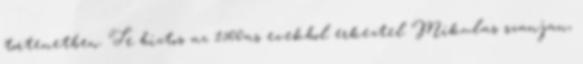
tortenetben. Te biztos az 1500as evekbol erkeztel Mikulas szanjan,